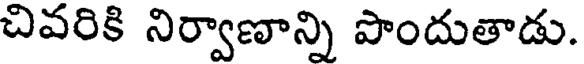
చివరికి నిర్వాణాన్ని పొందుతాడు.